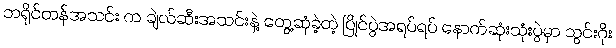
ဘရိုင်တန်အသင်း က ချဲလ်ဆီးအသင်းနဲ့ တွေ့ဆုံခဲ့တဲ့ ပြိုင်ပွဲအရပ်ရပ် နောက်ဆုံးသုံးပွဲမှာ သွင်းဂိုး